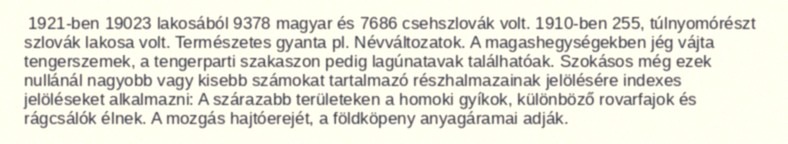
1921-ben 19023 lakosából 9378 magyar és 7686 csehszlovák volt. 1910-ben 255, túlnyomórészt szlovák lakosa volt. Természetes gyanta pl. Névváltozatok. A magashegységekben jég vájta tengerszemek, a tengerparti szakaszon pedig lagúnatavak találhatóak. Szokásos még ezek nullánál nagyobb vagy kisebb számokat tartalmazó részhalmazainak jelölésére indexes jelöléseket alkalmazni: A szárazabb területeken a homoki gyíkok, különböző rovarfajok és rágcsálók élnek. A mozgás hajtóerejét, a földköpeny anyagáramai adják.